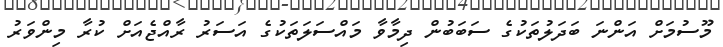
މޫސުމަށް އަންނަ ބަދަލުތަކުގެ ސަބަބުން ދިމާވާ މައްސަލަތަކުގެ އަސަރު ރާއްޖެއަށް ކުރާ މިންވަރު